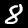
Label: 8